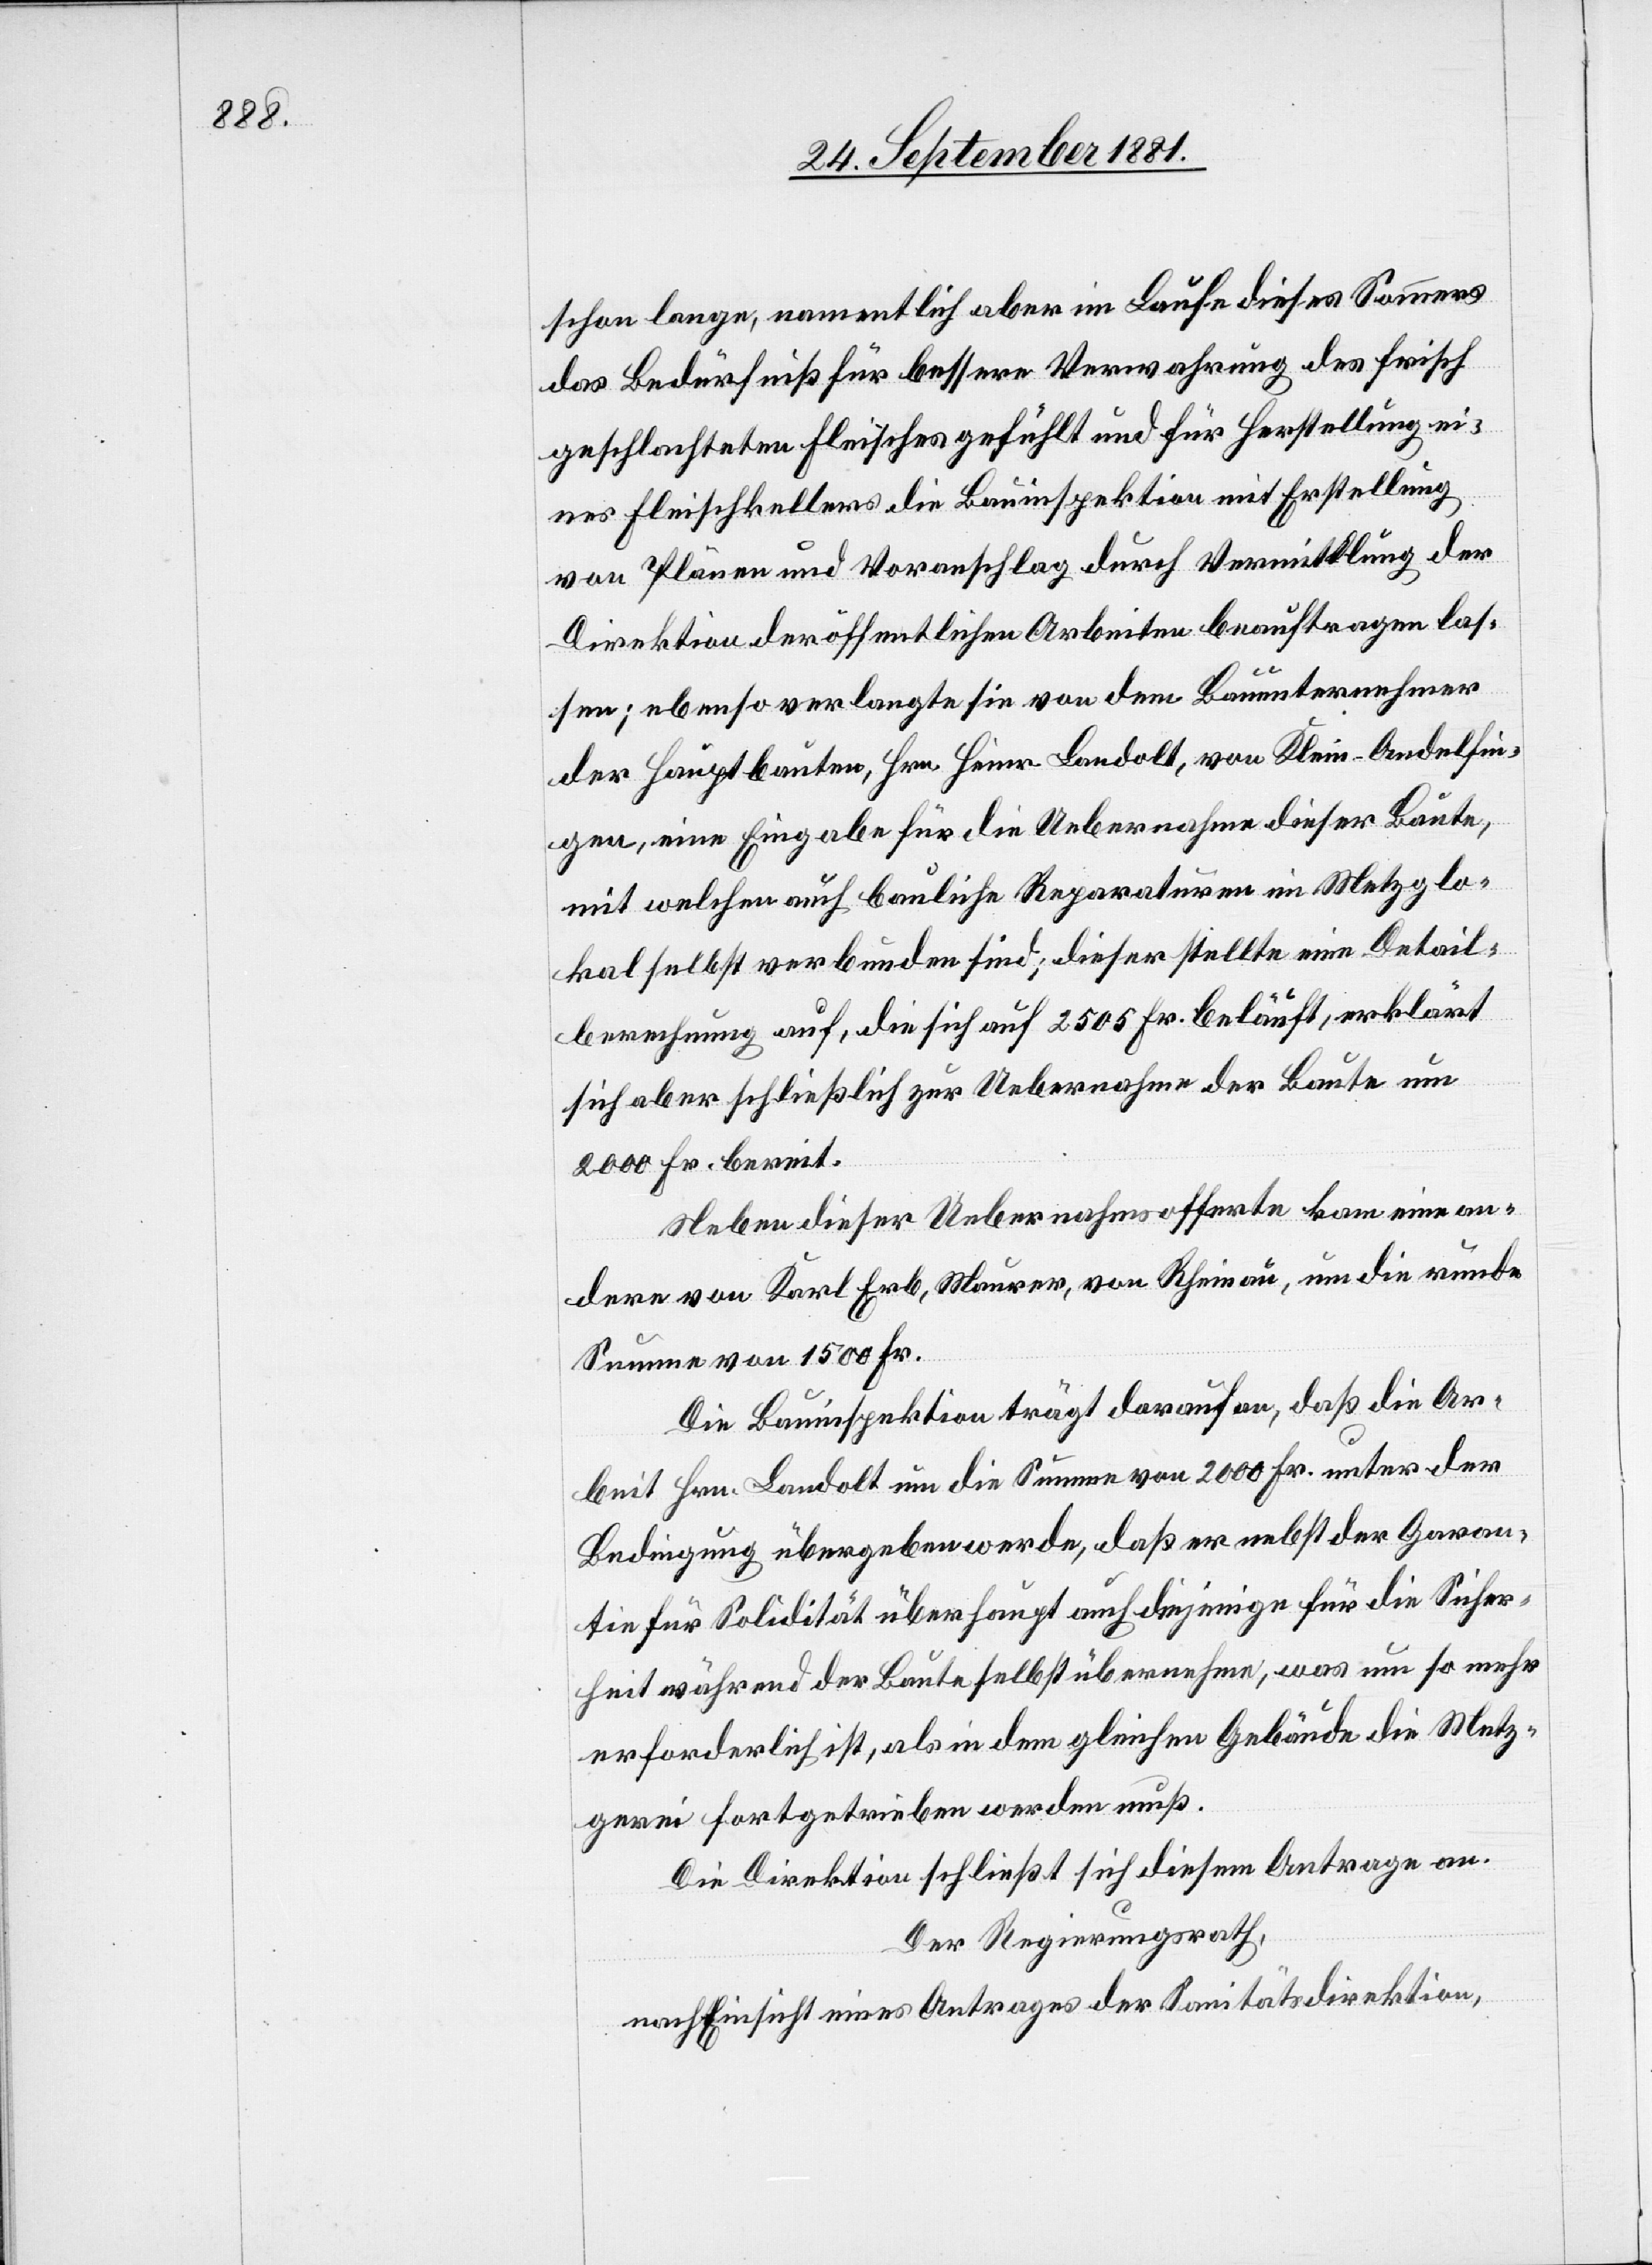
schon lange, namentlich aber im Laufe dieses Sommers
das Bedürfniß für bessere Verwahrung des frisch
geschlachteten Fleisches gefühlt und für Herstellung ei¬
nes Fleischkellers die Bauinspektion mit Erstellung
von Plänen und Voranschlag durch Vermittlung der
Direktion der öffentlichen Arbeiten beauftragen las¬
sen; ebenso verlangte sie von dem Bauunternehmer
der Hauptbauten, Hrn. Heinr. Landolt, von Klein-Andelfin¬
gen, eine Eingabe für die Uebernahme dieser Baute,
mit welchen [sic!] auch bauliche Reparaturen im Metzglo¬
kal selbst verbunden sind; dieser stellte eine Detail¬
rechnung auf, die sich auf 2505 Fr. beläuft, erklärt
sich aber schließlich zur Uebernahme der Baute um
2000 Fr. bereit.
Neben dieser Uebernahmsofferte kam eine an¬
dere von Karl Erb, Maurer, von Rheinau, um die runde
Summe von 1500 Fr.
Die Bauinspektion trägt darauf an, daß die Ar¬
beit Hrn. Landolt um die Summe von 2000 Fr. unter der
Bedingung übergeben werde, daß er nebst der Garan¬
tie für Solidität überhaupt auch diejenige für die Sicher¬
heit während der Baute selbst übernehme, was um so mehr
erforderlich ist, als in dem gleichen Gebäude die Metz¬
gerei fortgetrieben werden muß.
Die Direktion schließt sich diesem Antrage an.
Der Regierungsrath,
nach Einsicht eines Antrages der Sanitätsdirektion,